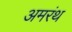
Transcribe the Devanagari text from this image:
अमरंथ